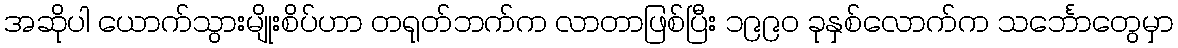
အဆိုပါ ယောက်သွားမျိုးစိပ်ဟာ တရုတ်ဘက်က လာတာဖြစ်ပြီး ၁၉၉၀ ခုနှစ်လောက်က သင်္ဘောတွေမှာ